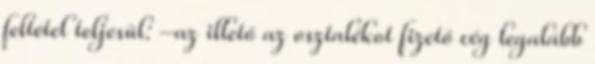
feltétel teljesül: –az illető az osztalékot fizető cég legalább